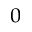
_ { 0 }